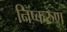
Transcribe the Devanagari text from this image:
निष्करुण